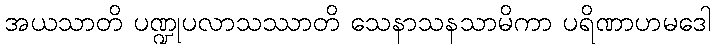
အယသာတိ ပဏ္ဍုပလာသဿာတိ သေနာသနသာမိကာ ပရိဏာဟမဒေါ